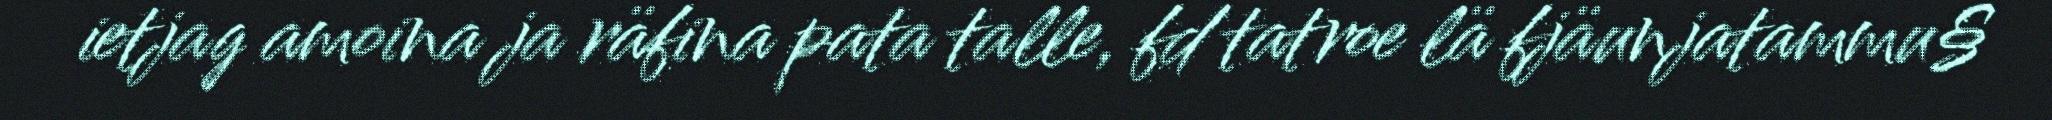
ietjag amoina ja räfina pata talle, fd tatroe lä fjäunjatammu§